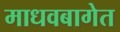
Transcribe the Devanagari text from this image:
माधवबागेत